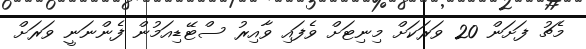
މެޗު ފަށަން 20 ވަރަކަށް މިނިޓަށް ވެފައި ވާއިރު ސްޓޭޑިއަމުން ފެންނަނީ ވަރަށް